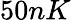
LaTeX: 50nK